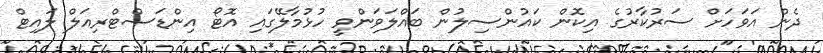
ދެން އަވަހަށް ސަރުކާރުގެ އިކޮން ކައުންސިލުން ބައްލަވަންވީ ހުޅުމާލޭގައި އޮޓޯ އިންޑަސްޓްރިއަލް ލައިޓް